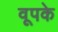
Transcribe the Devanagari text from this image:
वूपके